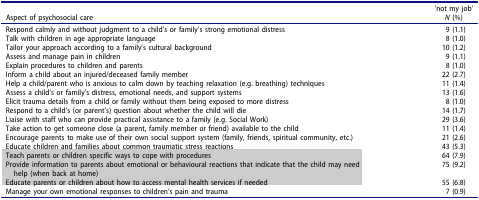
| Aspect of psychosocial care | ‘not my job’N (%) |
 | --- | --- |
 | Respond calmly and without judgment to a child’s or family’s strong emotional distress | 9 (1.1) |
 | Talk with children in age appropriate language | 8 (1.0) |
 | Tailor your approach according to a family’s cultural background | 10 (1.2) |
 | Assess and manage pain in children | 9 (1.1) |
 | Explain procedures to children and parents | 8 (1.0) |
 | Inform a child about an injured/deceased family member | 22 (2.7) |
 | Help a child/parent who is anxious to calm down by teaching relaxation (e.g. breathing) techniques | 11 (1.4) |
 | Assess a child’s or family’s distress, emotional needs, and support systems | 13 (1.6) |
 | Elicit trauma details from a child or family without them being exposed to more distress | 8 (1.0) |
 | Respond to a child’s (or parent’s) question about whether the child will die | 14 (1.7) |
 | Liaise with staff who can provide practical assistance to a family (e.g. Social Work) | 29 (3.6) |
 | Take action to get someone close (a parent, family member or friend) available to the child | 11 (1.4) |
 | Encourage parents to make use of their own social support system (family, friends, spiritual community, etc.) | 21 (2.6) |
 | Educate children and families about common traumatic stress reactions | 43 (5.3) |
 | Teach parents or children specific ways to cope with procedures | 64 (7.9) |
 | Provide information to parents about emotional or behavioural reactions that indicate that the child may need help (when back at home) | 75 (9.2) |
 | Educate parents or children about how to access mental health services if needed | 55 (6.8) |
 | Manage your own emotional responses to children’s pain and trauma | 7 (0.9) |